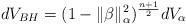
LaTeX: \begin{align*} dV_{BH}=(1-\|\beta\|^2_{\alpha})^{\frac{n+1}{2}}dV_{\alpha} \end{align*}